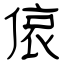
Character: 偯